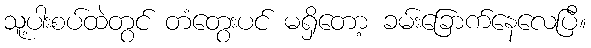
သူ့ပါးစပ်ထဲတွင် တံတွေးပင် မရှိတော့ ခမ်းခြောက်နေလေပြီ။